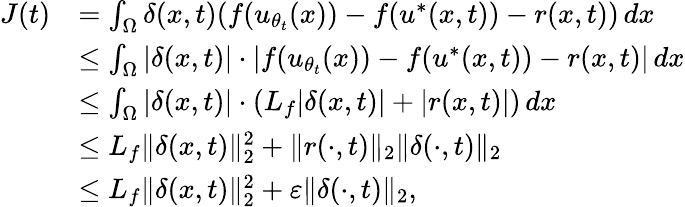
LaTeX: \begin{array}{rl}{J(t)}&{=\int_{\Omega}\delta(x,t)(f(u_{\theta_{t}}(x))-f(u^{*}(x,t))-r(x,t))\, dx}\\ &{\leq\int_{\Omega}|\delta(x,t)|\cdot|f(u_{\theta_{t}}(x))-f(u^{*}(x,t))-r(x,t)|\, dx}\\ &{\leq\int_{\Omega}|\delta(x,t)|\cdot(L_{f}|\delta(x,t)|+|r(x,t)|)\, dx}\\ &{\leq L_{f}\| \delta(x,t)\| _{2}^{2}+\| r(\cdot,t)\| _{2}\| \delta(\cdot,t)\| _{2}}\\ &{\leq L_{f}\| \delta(x,t)\| _{2}^{2}+\varepsilon\| \delta(\cdot,t)\| _{2},}\end{array}